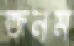
জনম